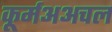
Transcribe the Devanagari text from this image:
कूर्मअअचल